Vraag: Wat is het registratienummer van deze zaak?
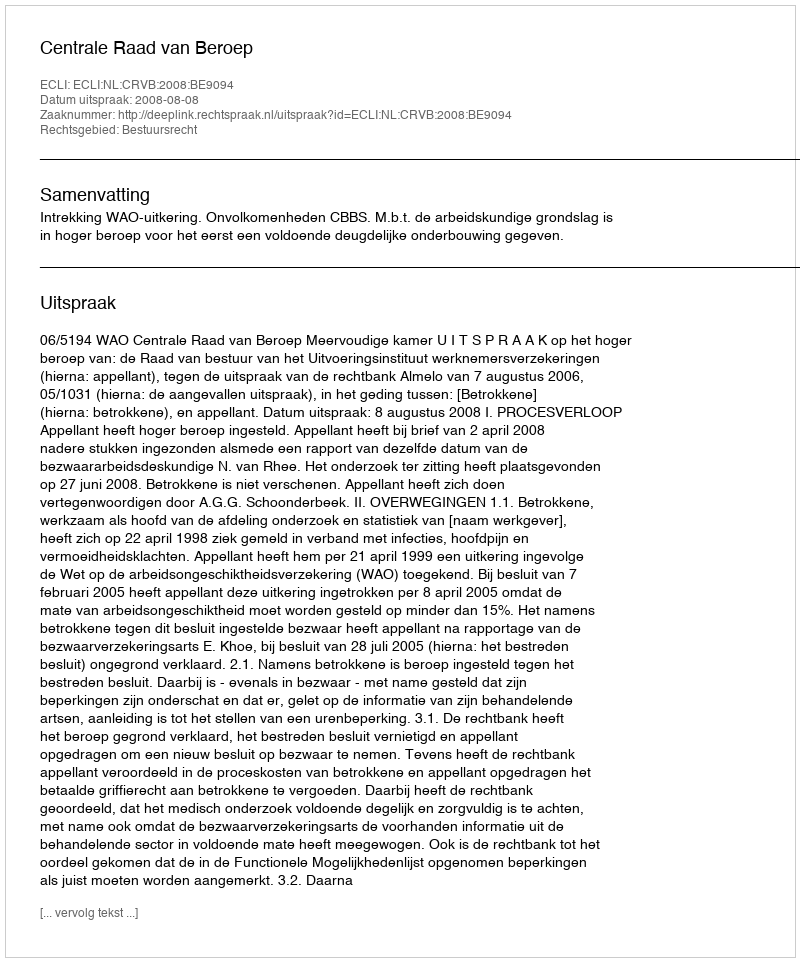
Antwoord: http://deeplink.rechtspraak.nl/uitspraak?id=ECLI:NL:CRVB:2008:BE9094